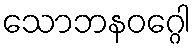
သောဘနဝဂ္ဂေါ